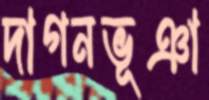
দাগনভূঞা